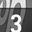
Digit: 3